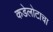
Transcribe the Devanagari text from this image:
कडेलोटाचा